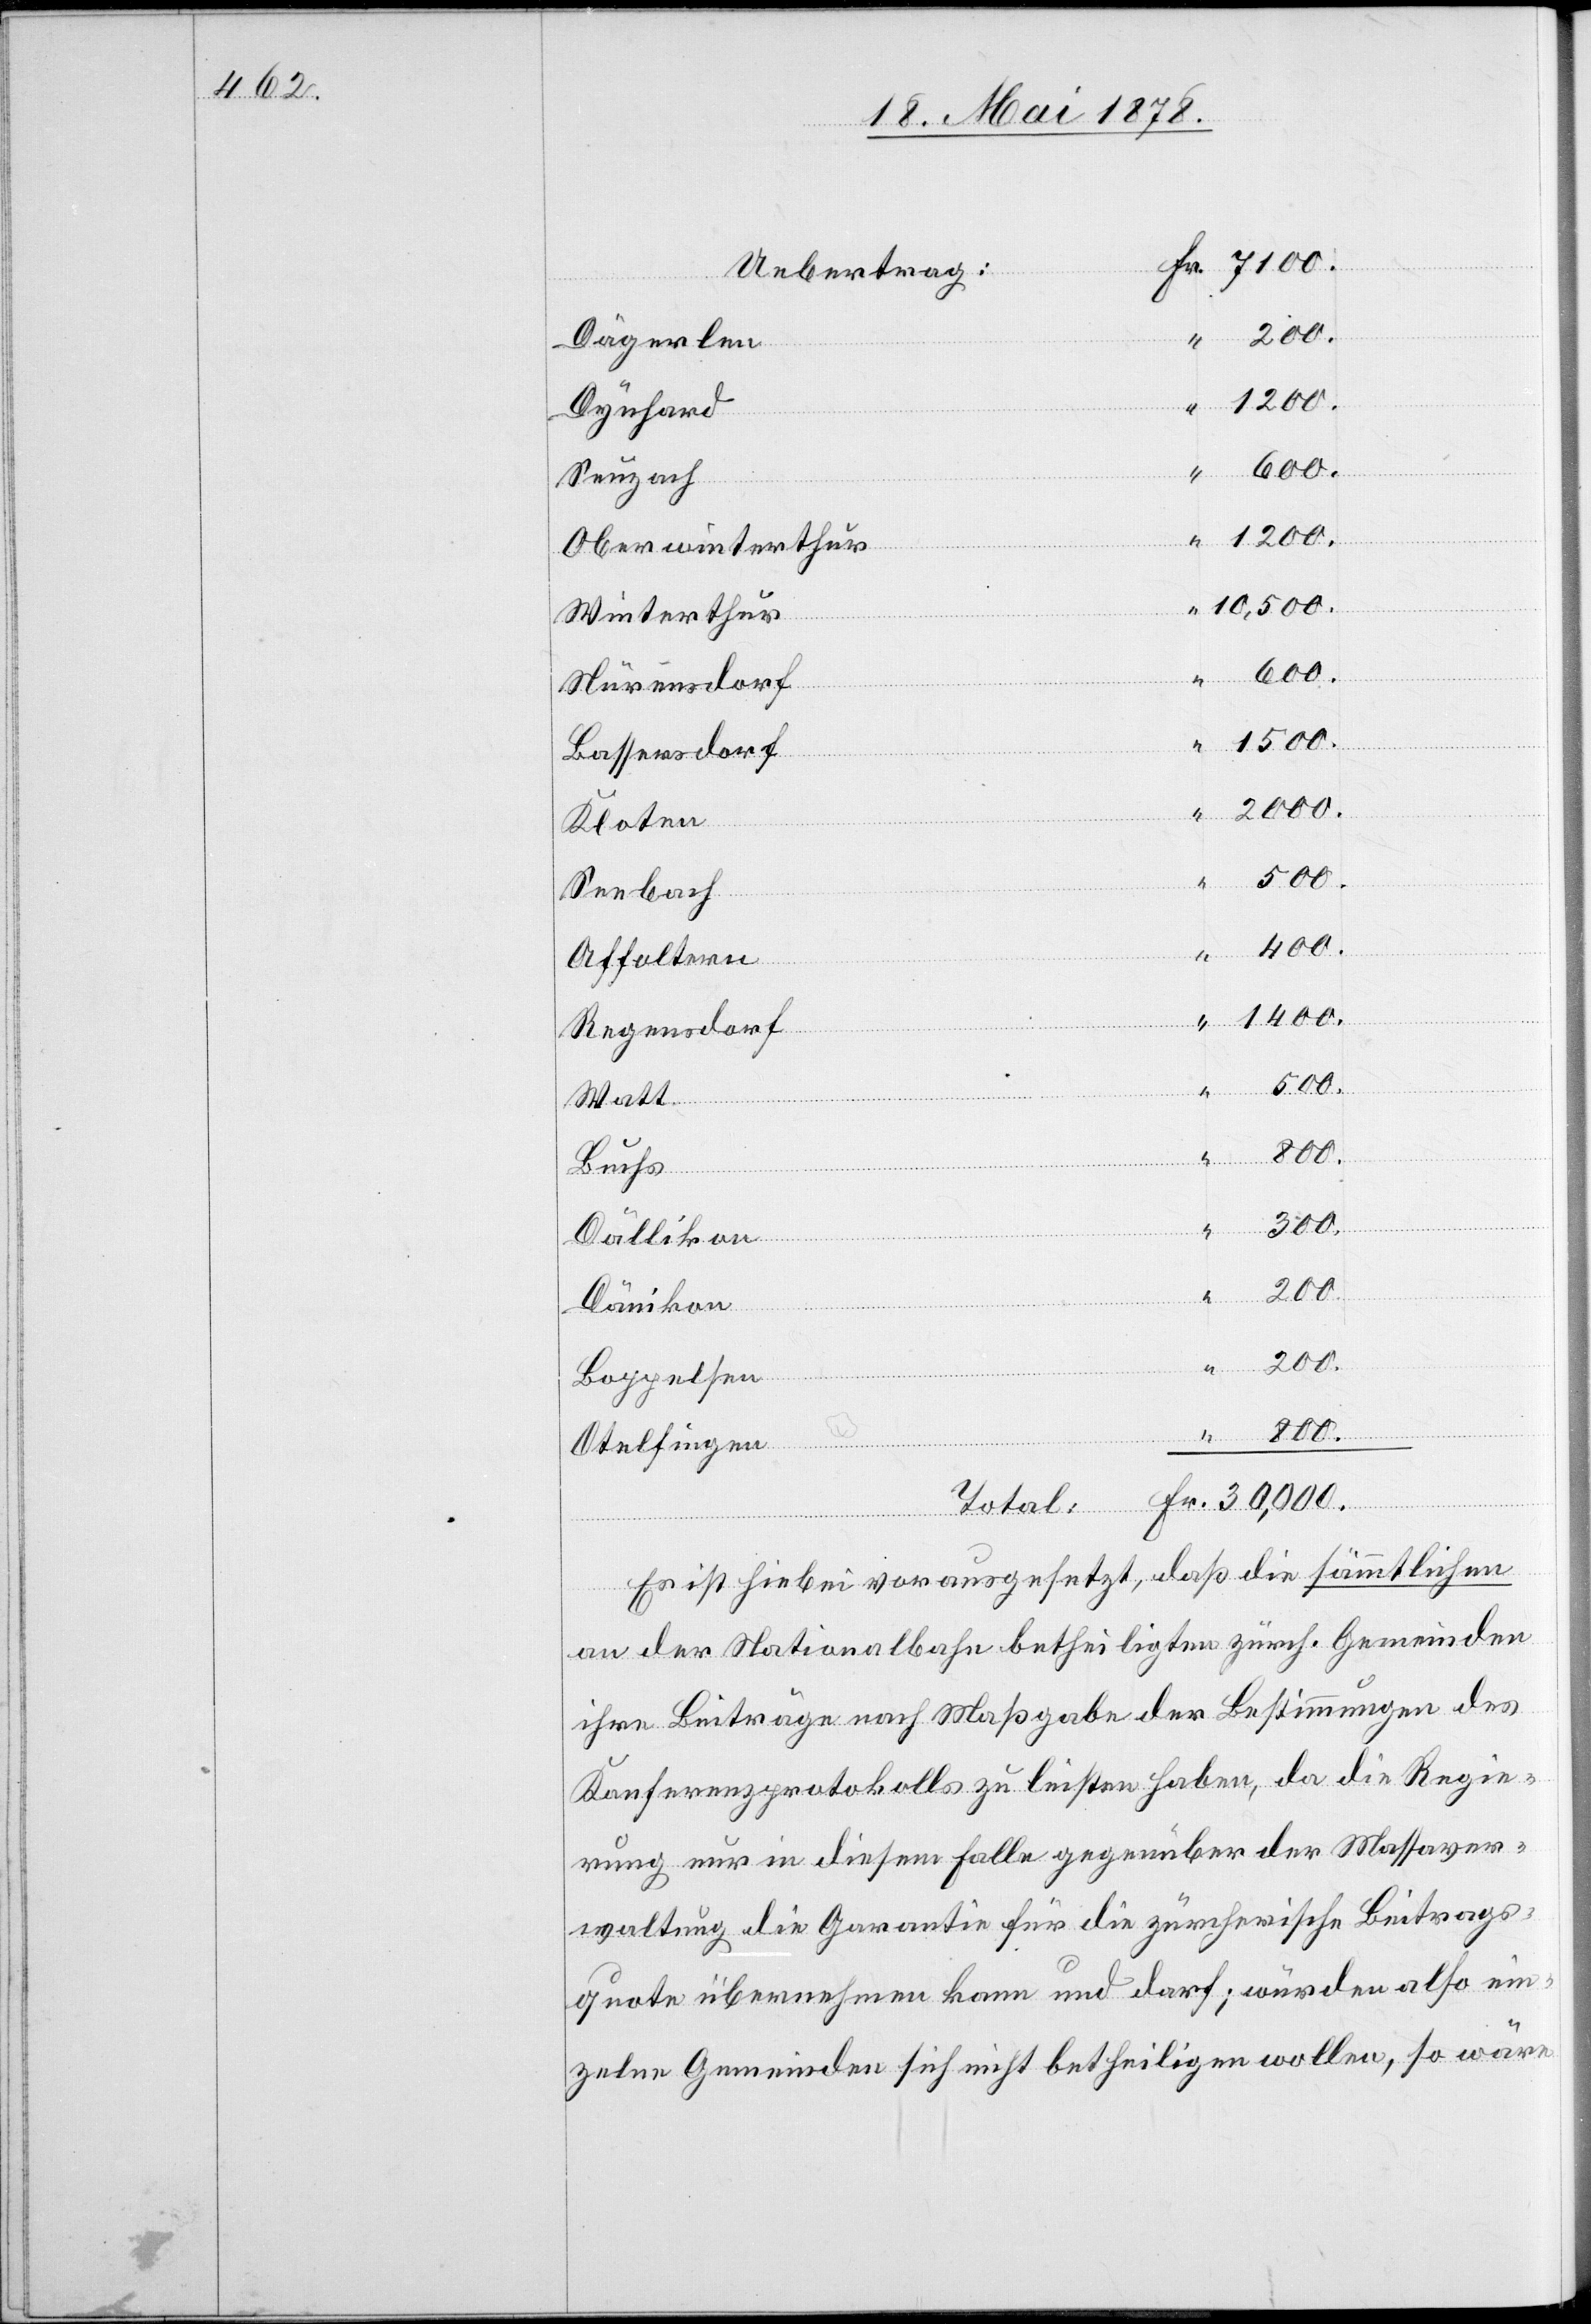
Uebertrag
30,000
Dägerlen
Dynhard
Seuzach
1200.
Oberwinterthur
10,500.
Winterthur
600.
Nürensdorf
1500.
Bassersdorf
2000.
Kloten
500.
Seebach
1400.
Fr.
Affoltern
Regensdorf
800.
“
Buchs
300.
Dällikon
Dänikon
“
200.
Boppelsen
7100.
Otelfingen
Total
Es ist hiebei vorausgesetzt, daß die sämmtlichen
an der Nationalbahn betheiligten zürch. Gemeinden
ihre Beiträge nach Maßgabe der Bestimmungen des
Konferenzprotokolls zu leisten haben, da die Regie¬
rung nur in diesem Falle gegenüber der Massaver¬
waltung die Garantie für die zürcherische Beitrags¬
quote übernehmen kann und darf; würden also ein¬
zelne Gemeinden sich nicht betheiligen wollen, so wäre